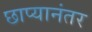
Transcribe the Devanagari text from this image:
छाप्यानंतर